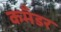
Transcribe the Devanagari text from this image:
कमॅंडर